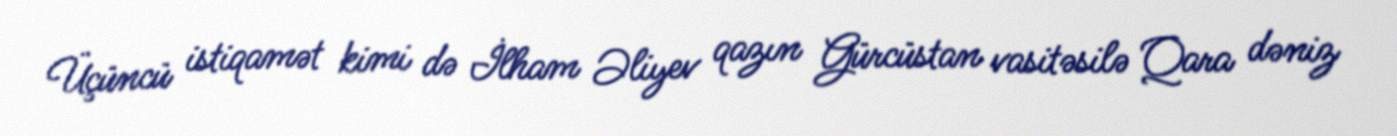
Üçüncü istiqamət kimi də İlham Əliyev qazın Gürcüstan vasitəsilə Qara dəniz